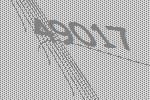
49017